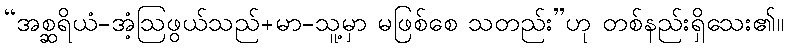
“အစ္ဆရိယံ-အံ့ဩဖွယ်သည်+မာ-သူ့မှာ မဖြစ်စေ သတည်း”ဟု တစ်နည်းရှိသေး၏။